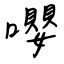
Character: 嚶